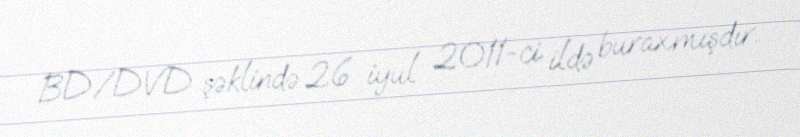
BD/DVD şəklində 26 iyul 2011-ci ildə buraxmışdır.